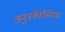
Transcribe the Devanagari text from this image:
अनुनक्वेडियम